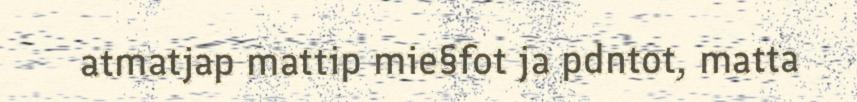
atmatjap mattip mie§fot ja pdntot, matta